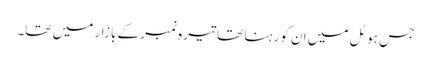
جس ہوٹل میں ان کو رہنا تھا تیرہ نمبر کے بازار میں تھا۔